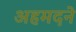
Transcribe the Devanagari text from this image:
अहमदने